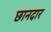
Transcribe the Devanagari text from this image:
छानदार